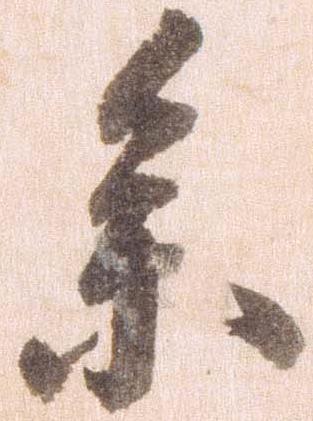
参